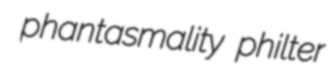
phantasmality philter